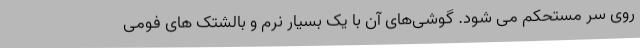
روی سر مستحکم می شود. گوشی‌های آن با یک بسیار نرم و بالشتک های فومی